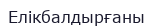
Елікбалдырғаны